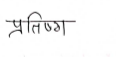
मजकूर: प्रतिष्ग